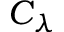
C _ { \lambda }